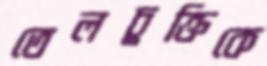
তেলচুক্তিকে